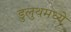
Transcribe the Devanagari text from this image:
डुलुथमध्ये